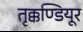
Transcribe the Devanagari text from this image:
तृक्कण्डियूर